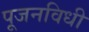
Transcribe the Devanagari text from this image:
पूजनविधी